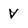
Character: V